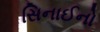
સિનાઈનો